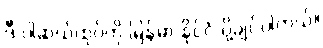
ဒီ ပါဆယ်ထုပ်ကို မြန်မာ နိုင်ငံ ပို့ချင်ပါတယ်။